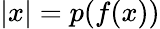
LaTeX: \left|x\right|=p(f(x))